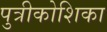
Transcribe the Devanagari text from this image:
पुत्रीकोशिका